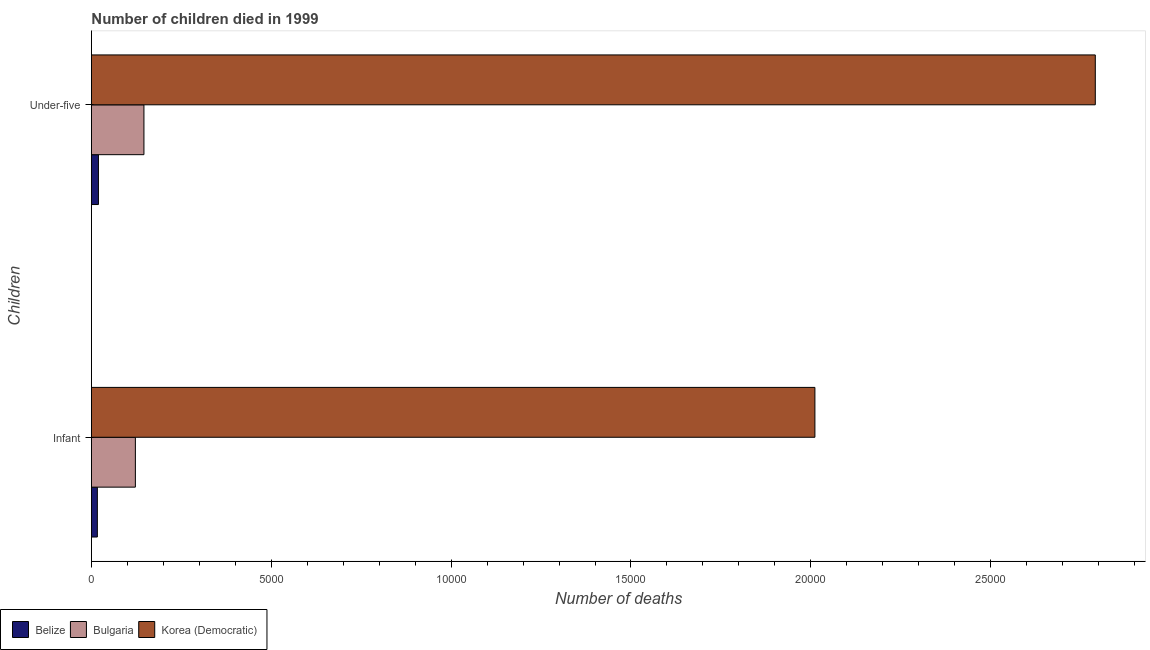
| Children | Belize | Bulgaria | Korea (Democratic) |
 | --- | --- | --- | --- |
 | Infant | 165 | 1.22e+03 | 2.01e+04 |
 | Under-five | 195 | 1.46e+03 | 2.79e+04 |